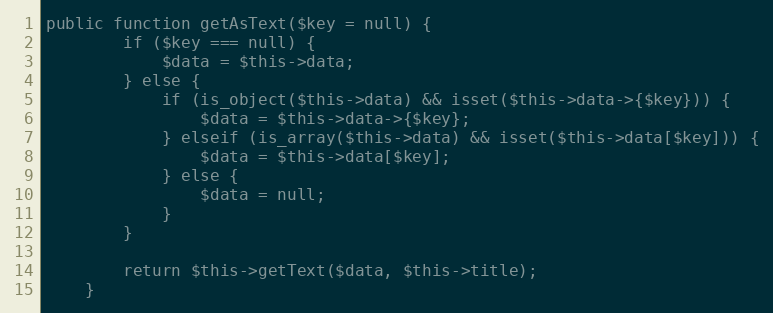
Language: PHP
public function getAsText($key = null) {
		if ($key === null) {
			$data = $this->data;
		} else {
			if (is_object($this->data) && isset($this->data->{$key})) {
				$data = $this->data->{$key};
			} elseif (is_array($this->data) && isset($this->data[$key])) {
				$data = $this->data[$key];
			} else {
				$data = null;
			}
		}

		return $this->getText($data, $this->title);
	}